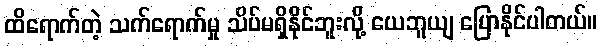
ထိရောက်တဲ့ သက်ရောက်မှု သိပ်မရှိနိုင်ဘူးလို့ ယေဘူယျ ပြောနိုင်ပါတယ်။